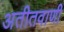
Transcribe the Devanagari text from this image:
अतीतवाणी